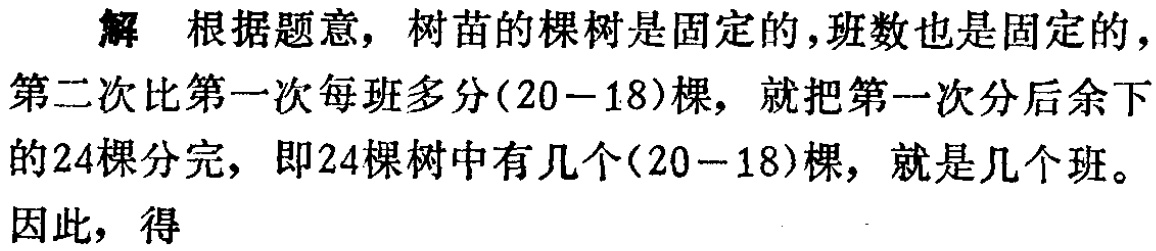
解 根据题意，树苗的棵树是固定的，班数也是固定的，第二次比第一次每班多分\((20 - 18)\)棵，就把第一次分后余下的24棵分完，即24棵树中有几个\((20 - 18)\)棵，就是几个班。

因此，得